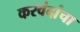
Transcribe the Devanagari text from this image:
करवंदांचा